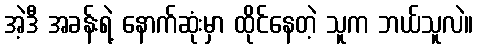
အဲ့ဒီ အခန်းရဲ့ နောက်ဆုံးမှာ ထိုင်နေတဲ့ သူက ဘယ်သူလဲ။